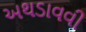
અથડાવવી